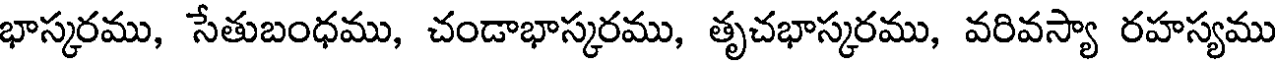
భాస్కరము, సేతుబంధము, చండాభాస్కరము, తృచభాస్కరము, వరివస్యా రహస్యము